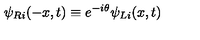
\psi _ { R i } ( - x , t ) \equiv e ^ { - i \theta } \psi _ { L i } ( x , t )